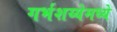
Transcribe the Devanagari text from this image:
गर्भशय्येमध्ये